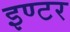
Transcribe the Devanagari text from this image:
इण्‍टर